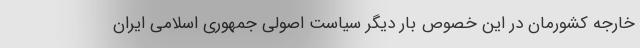
خارجه کشورمان در این خصوص بار دیگر سیاست اصولی جمهوری اسلامی ایران